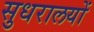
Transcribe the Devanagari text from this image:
सुधरालयों